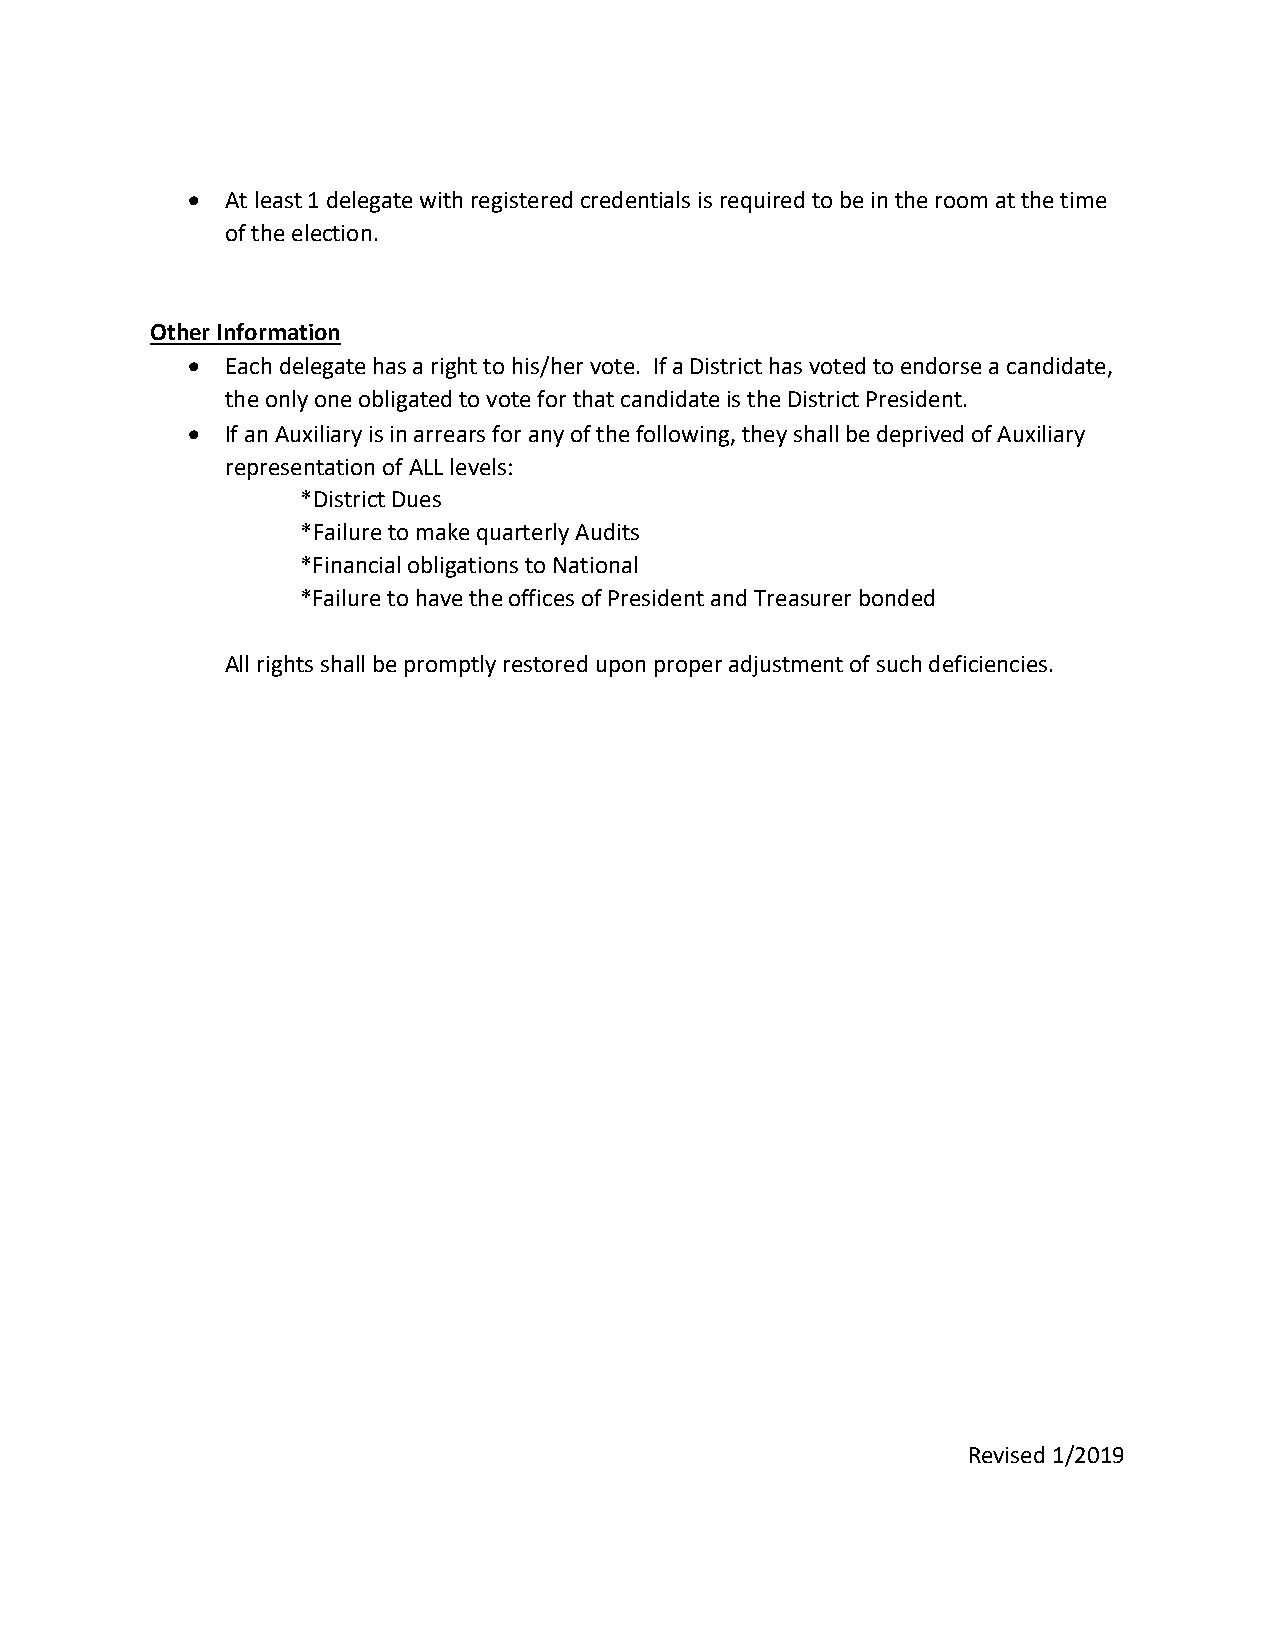
•  At least 1 delegate with registered credentials is required to be in the room at the time
 of the election.
 Other Information
 •  Each delegate has a right to his/her vote. If a District has voted to endorse a candidate,
 the only one obligated to vote for that candidate is the District President.
 •  If an Auxiliary is in arrears for any of the following, they shall be deprived of Auxiliary
 representation of ALL levels:
 *District Dues
 *Failure to make quarterly Audits
 *Financial obligations to National
 *Failure to have the offices of President and Treasurer bonded
 All rights shall be promptly restored upon proper adjustment of such deficiencies.
 Revised 1/2019